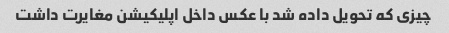
چیزی که تحویل داده شد با عکس داخل اپلیکیشن مغایرت داشت